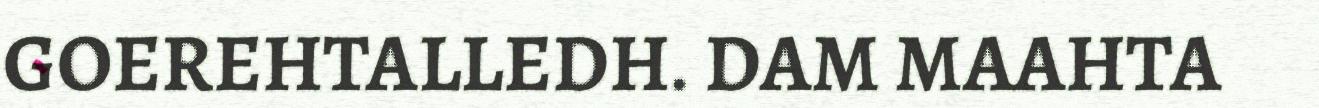
GOEREHTALLEDH. DAM MAAHTA